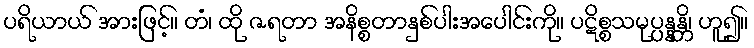
ပရိယာယ် အားဖြင့်။ တံ၊ ထို ဇရတာ အနိစ္စတာနှစ်ပါးအပေါင်းကို။ ပဋိစ္စသမုပ္ပန္နန္တိ၊ ဟူ၍။